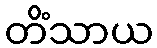
တိံသာယ